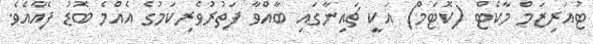
ޓުއަރިޒަމް މާކެޓް (ކޮޓަމް) އަކީ ޗައިނާގައި ބާއްވާ ފަތުރުވެރިކަމުގެ އެއްމެ ބޮޑު ފެއާއެވެ.